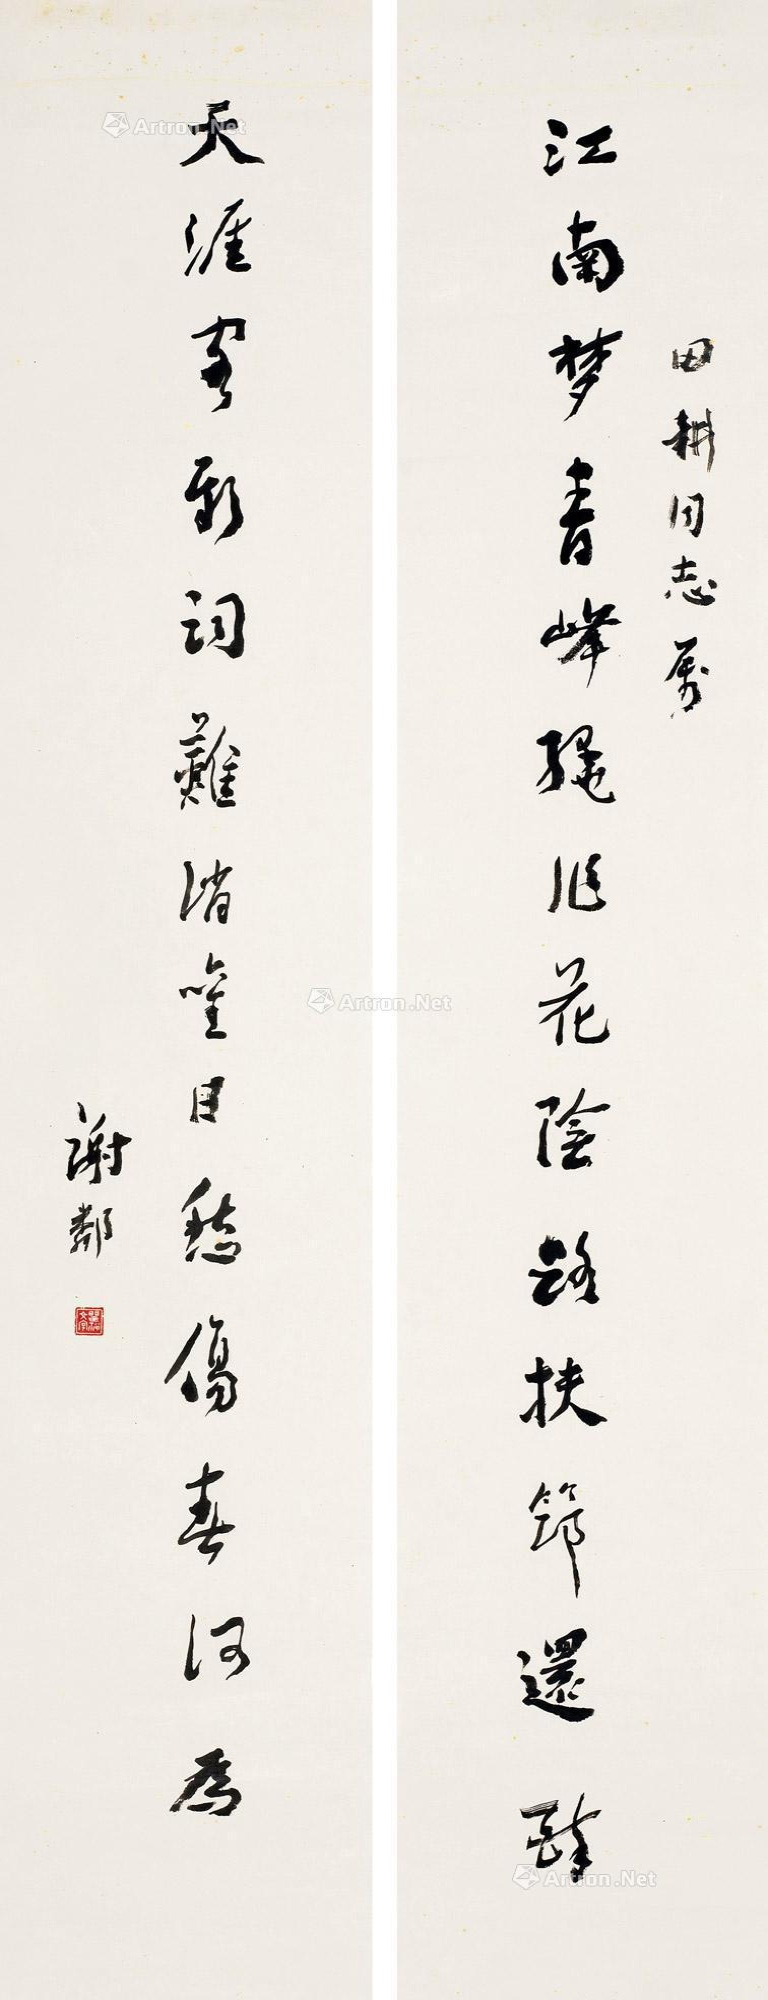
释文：江南梦青峰绕作花荫路扶筇还醉，天涯客新词难消旧日愁伤春何为。田耕同志属，谢邻。